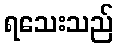
ရသေးသည်